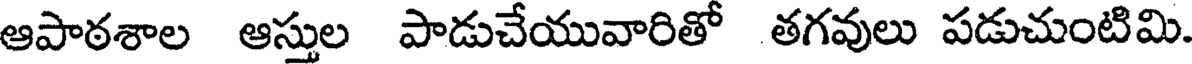
ఆపాఠశాల ఆస్తుల పాడుచేయువారితో తగవులు పడుచుంటిమి.